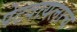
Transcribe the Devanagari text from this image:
पेटवायलाच